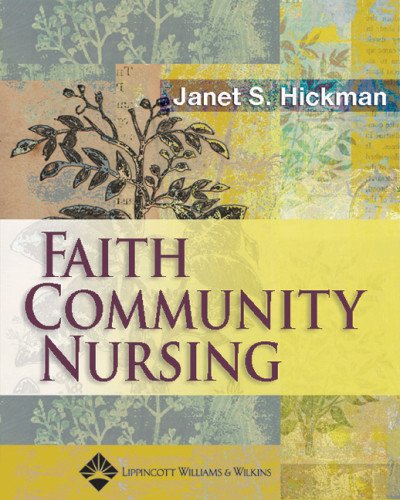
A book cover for Faith Community Nursing; Janet Susan Hickman EdD  RN; Medical Books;